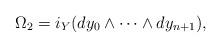
LaTeX: \begin{gather*}\Omega_2 =i_Y(dy_0\wedge\cdots\wedge dy_{n+1}),\end{gather*}